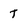
Character: T